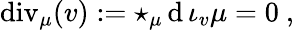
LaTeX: \textrm{div}_{\mu}(v):=\star_{\mu}\, \mathrm{d}\, \iota_{v}\mu=0\ ,